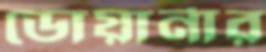
ডোয়ার্নার